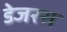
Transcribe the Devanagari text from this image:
डेजरस